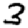
Digit: 3